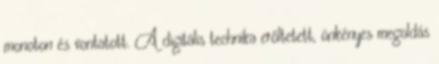
monoton és vontatott. A digitális technika erőltetett, önkényes megoldás